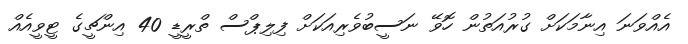
އެއްވަނަ އިނާމަކަށް ގުރުއަތުން ހޮވޭ ނަސީބުވެރިއަކަށް ފިލިޕްސް ތްރީޑީ 40 އިންޗީގެ ޓީވީއެއް